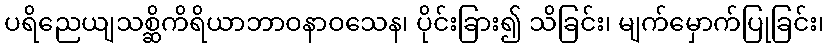
ပရိညေယျသစ္ဆိကိရိယာဘာဝနာဝသေန၊ ပိုင်းခြား၍ သိခြင်း၊ မျက်မှောက်ပြုခြင်း၊